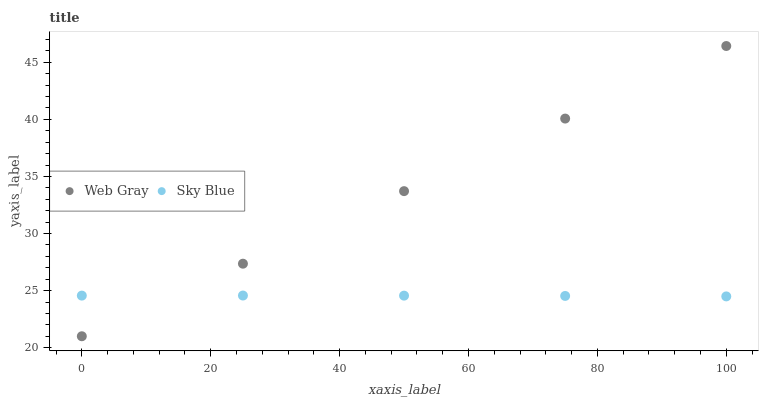
| xaxis_label | Web Gray | Sky Blue |
 | --- | --- | --- |
 | 0 | 21 | 24.6 |
 | 25 | 27.4 | 24.6 |
 | 50 | 33.7 | 24.6 |
 | 75 | 40.1 | 24.5 |
 | 100 | 46.4 | 24.5 |